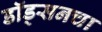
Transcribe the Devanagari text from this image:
डॉड्सनचा